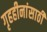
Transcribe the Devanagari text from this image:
गृहहीनांसाठी